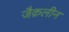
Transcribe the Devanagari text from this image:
जैक़लीन